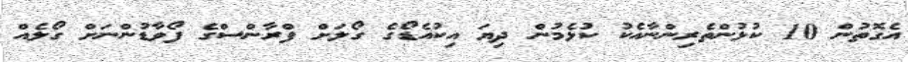
އެގޮތުން 10 ކުޅުންތެރިންނާއެކު ކުޅެމުން ދިޔަ އިކުއެޑޯގެ ގޯލަށް ފްރާންސްގެ ފޯވާޑުންނަށް ގޯލެއް